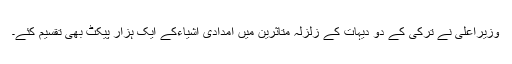
وزیراعلیٰ نے ترکی کے دو دیہات کے زلزلہ متاثرین میں امدادی اشیاءکے ایک ہزار پیکٹ بھی تقسیم کئے۔